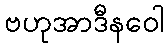
ဗဟုအာဒီနဝေါ